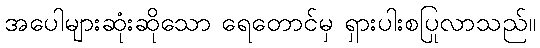
အပေါများဆုံးဆိုသော ရေတောင်မှ ရှားပါးစပြုလာသည်။